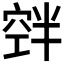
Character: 𮄃